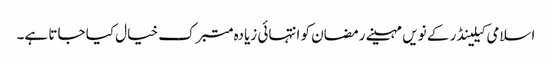
اسلامی کیلینڈر کے نویں مہینے رمضان کو انتہائی زیادہ متبرک خیال کیا جاتا ہے۔